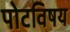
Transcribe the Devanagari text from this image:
पोटविषय